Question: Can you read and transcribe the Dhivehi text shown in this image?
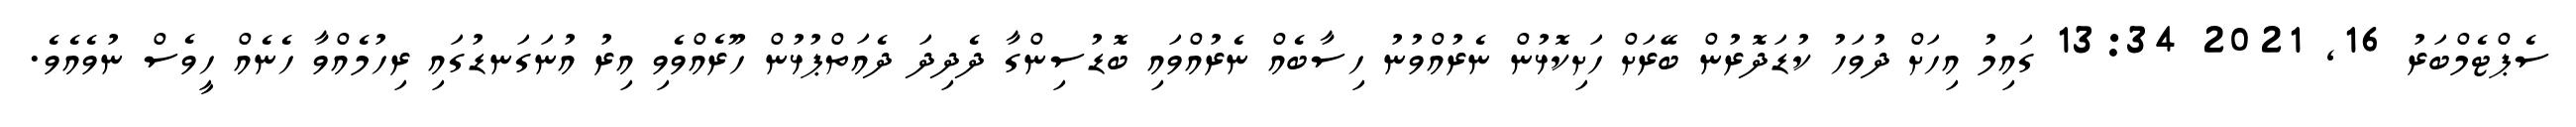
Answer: ސެޕްޓެމްބަރު 16, 2021 13:34 ގައިމު އިހަށް ދުވަހު ކުޑަދޮރުން ބޭރަށް ހަށިކޮޅުން ނެރުއްވުނު ހިސާބެއް ނެރުއްވައި ބޮޑުސިންގާ ދެދިދަ ދެއަތްޕުޅުން ހޫރެއްވެވި އިރު އުނަގަނޑުގައި ރިހުމެއްވާ ހެނެއް ހީވެސް ނުވެއެވެ.